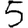
Digit: 5